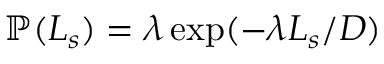
\mathbb { P } ( L _ { s } ) = \lambda \exp ( - \lambda L _ { s } / D )